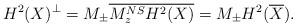
LaTeX: \begin{align*}H^2(X)^\perp = M_{\pm} \overline{M_z^{NS} H^2(X)} = M_{\pm} H^2(\overline{X}).\end{align*}